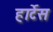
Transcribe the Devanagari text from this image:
हार्टेस